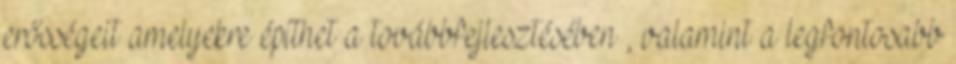
erősségeit amelyekre építhet a továbbfejlesztésében , valamint a legfontosabb